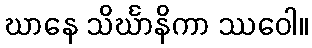
ဃာနေ သိင်္ဃာနိကာ ဿဝေါ။